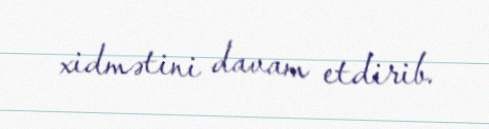
xidmətini davam etdirib.